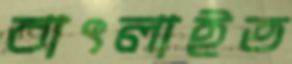
বাৎলাইত